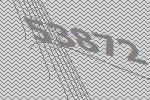
53872